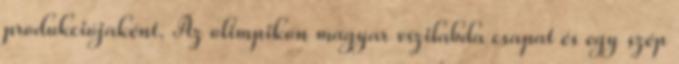
produkciójaként. Az olimpikon magyar vízilabda csapat és egy szép